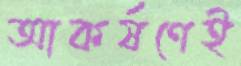
আকর্ষণেই